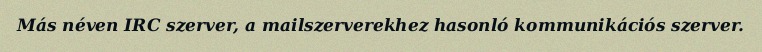
Más néven IRC szerver, a mailszerverekhez hasonló kommunikációs szerver.